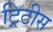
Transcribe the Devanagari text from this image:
ट्रिटीस